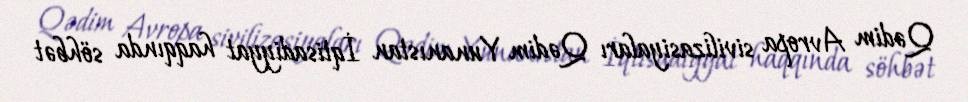
Qədim Avropa sivilizasiyaları Qədim Yunanıstan İqtisadiyyat haqqında söhbət